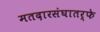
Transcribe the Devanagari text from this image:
मतदारसंघातर्फे